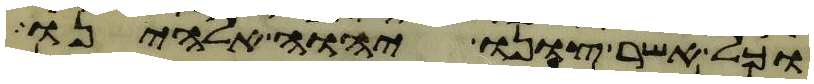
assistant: וכל אשר צונו יהוה אלהינו